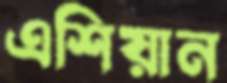
এশিয়ান